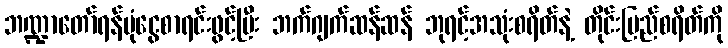
ဘဏ္ဍာတော်ရန်ပုံငွေစာရင်းဖွင့်ပြီး ဘက်ဂျက်ဆန်ဆန် ဘုရင့်အသုံးစရိတ်နဲ့ တိုင်းပြည်စရိတ်ကို